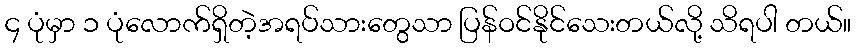
၄ ပုံမှာ ၁ ပုံလောက်ရှိတဲ့အရပ်သားတွေသာ ပြန်ဝင်နိုင်သေးတယ်လို့ သိရပါ တယ်။